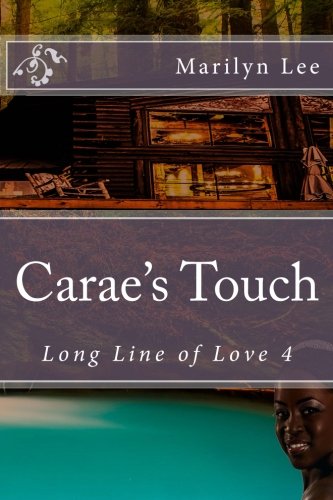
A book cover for Carae's Touch (Long Line of Love) (Volume 4); Marilyn Lee; Romance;